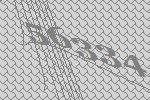
56334